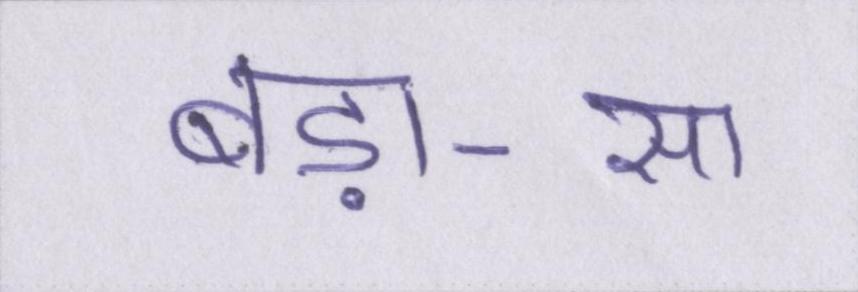
बड़ा-सा